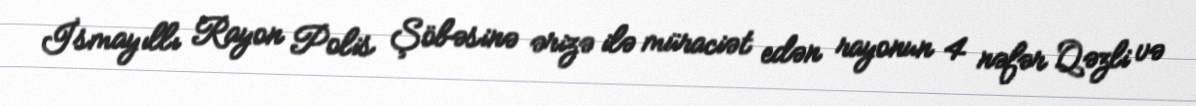
İsmayıllı Rayon Polis Şöbəsinə ərizə ilə müraciət edən rayonun 4 nəfər Qəzli və